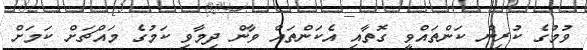
ވުމުގެ ކުރިން ކަންތައްވީ ގޮތާއި އެކަންތައް ވާން ދިމާވި ކަމުގެ މައްޗަށް ކަމަށް